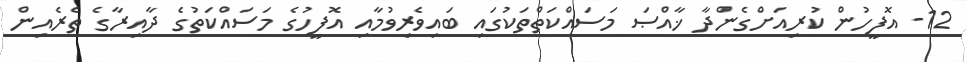
12- އޮފީހުން ކުރިއަށްގެންދާ ޚާއްޞަ މަސައްކަތްތަކުގައި ބައިވެރިވުމާއި އޮފީހުގެ މަސައްކަތުގެ ދާއިރާގެ ތެރެއިން